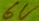
Text: 6V